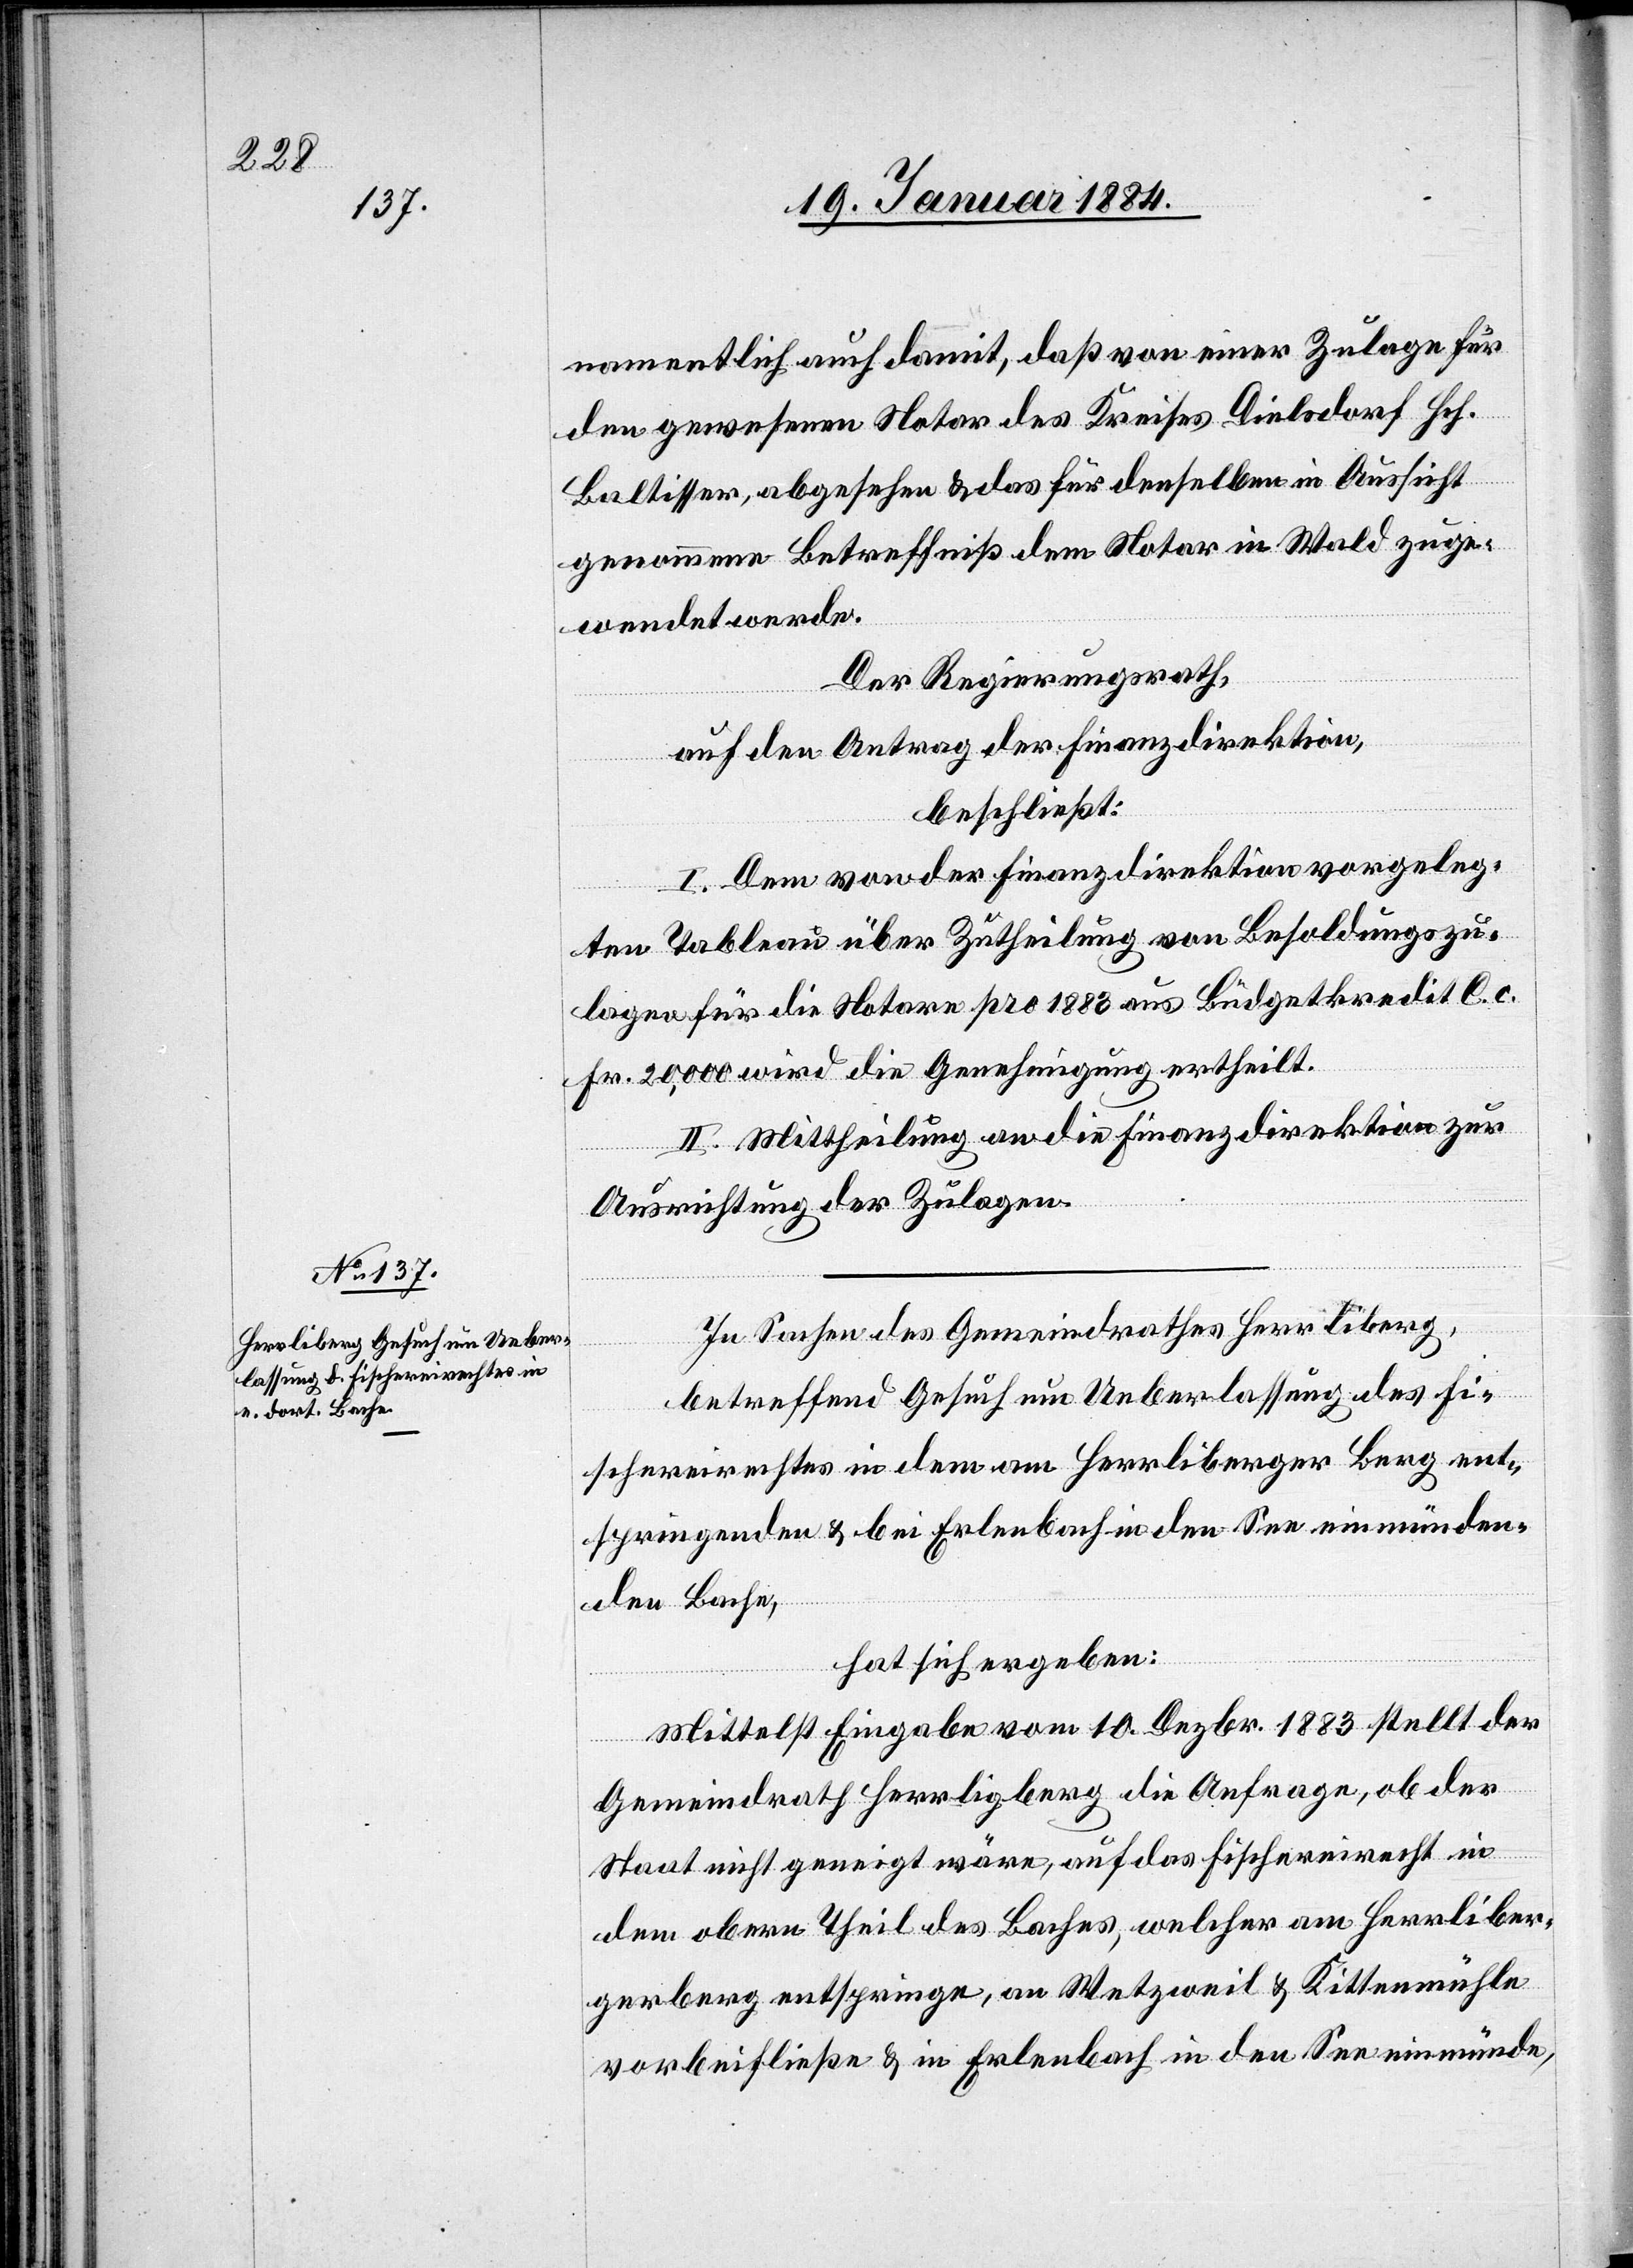
In Sachen des Gemeindrathes Herrliberg,
betreffend Gesuch um Ueberlassung des Fi¬
schereirechtes in dem am Herrliberger Berg ent¬
springenden & bei Erlenbach in den See einmünden¬
den Bache,
hat sich ergeben:
Mittelst Eingabe vom 10. Dezbr. 1883 stellt der
Gemeindrath Herrliberg die Anfrage, ob der
Staat nicht geneigt wäre, auf das Fischereirecht in
dem obern Theil des Baches, welcher am Herrliber¬
gerberg entspringe, an Wetzweil & Kittenmühle
vorbeifließe & in Erlenbach in den See einmünde,